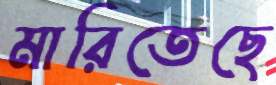
মারিতেছে